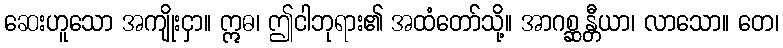
ဆေးဟူသော အကျိုးငှာ။ ဣဓ၊ ဤငါဘုရား၏ အထံတော်သို့။ အာဂစ္ဆန္တီယာ၊ လာသော။ တေ၊